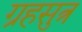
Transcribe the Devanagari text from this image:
ग्रहसुत्र